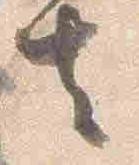
去